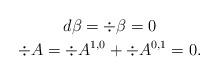
LaTeX: \begin{gather*}d\beta = \div \beta=0\\\div A = \div A^{1,0} + \div A^{0,1} = 0.\end{gather*}